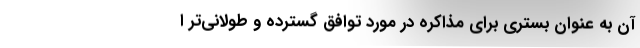
آن به عنوان بستری برای مذاكره در مورد توافق گسترده‌ و طولانی‌تر ا